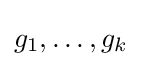
g_{1},\ldots ,g_{k}